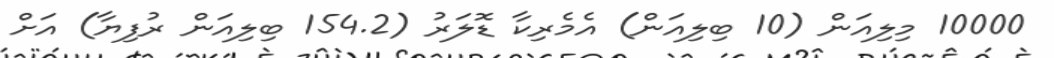
10000 މިލިއަން (10 ބިލިއަން) އެމެރިކާ ޑޮލަރު (154.2 ބިލިއަން ރުފިޔާ) އަށް